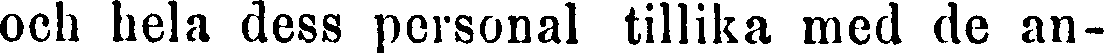
och hela dess personal tillika med de an-